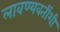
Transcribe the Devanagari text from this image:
लावण्यवतींशी